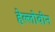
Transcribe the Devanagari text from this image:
हेल्लोवीन